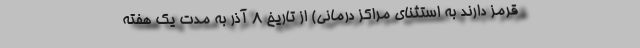
قرمز دارند به استثنای مراکز درمانی) از تاریخ ۸ آذر به مدت یک هفته